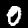
Label: 0